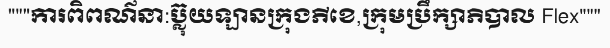
"""ការពិពណ៌នា:ប្ល៊ុយឡានក្រុងភីខេ,ក្រុមប្រឹក្សាភិបាល Flex"""